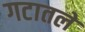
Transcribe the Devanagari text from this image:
गटातले